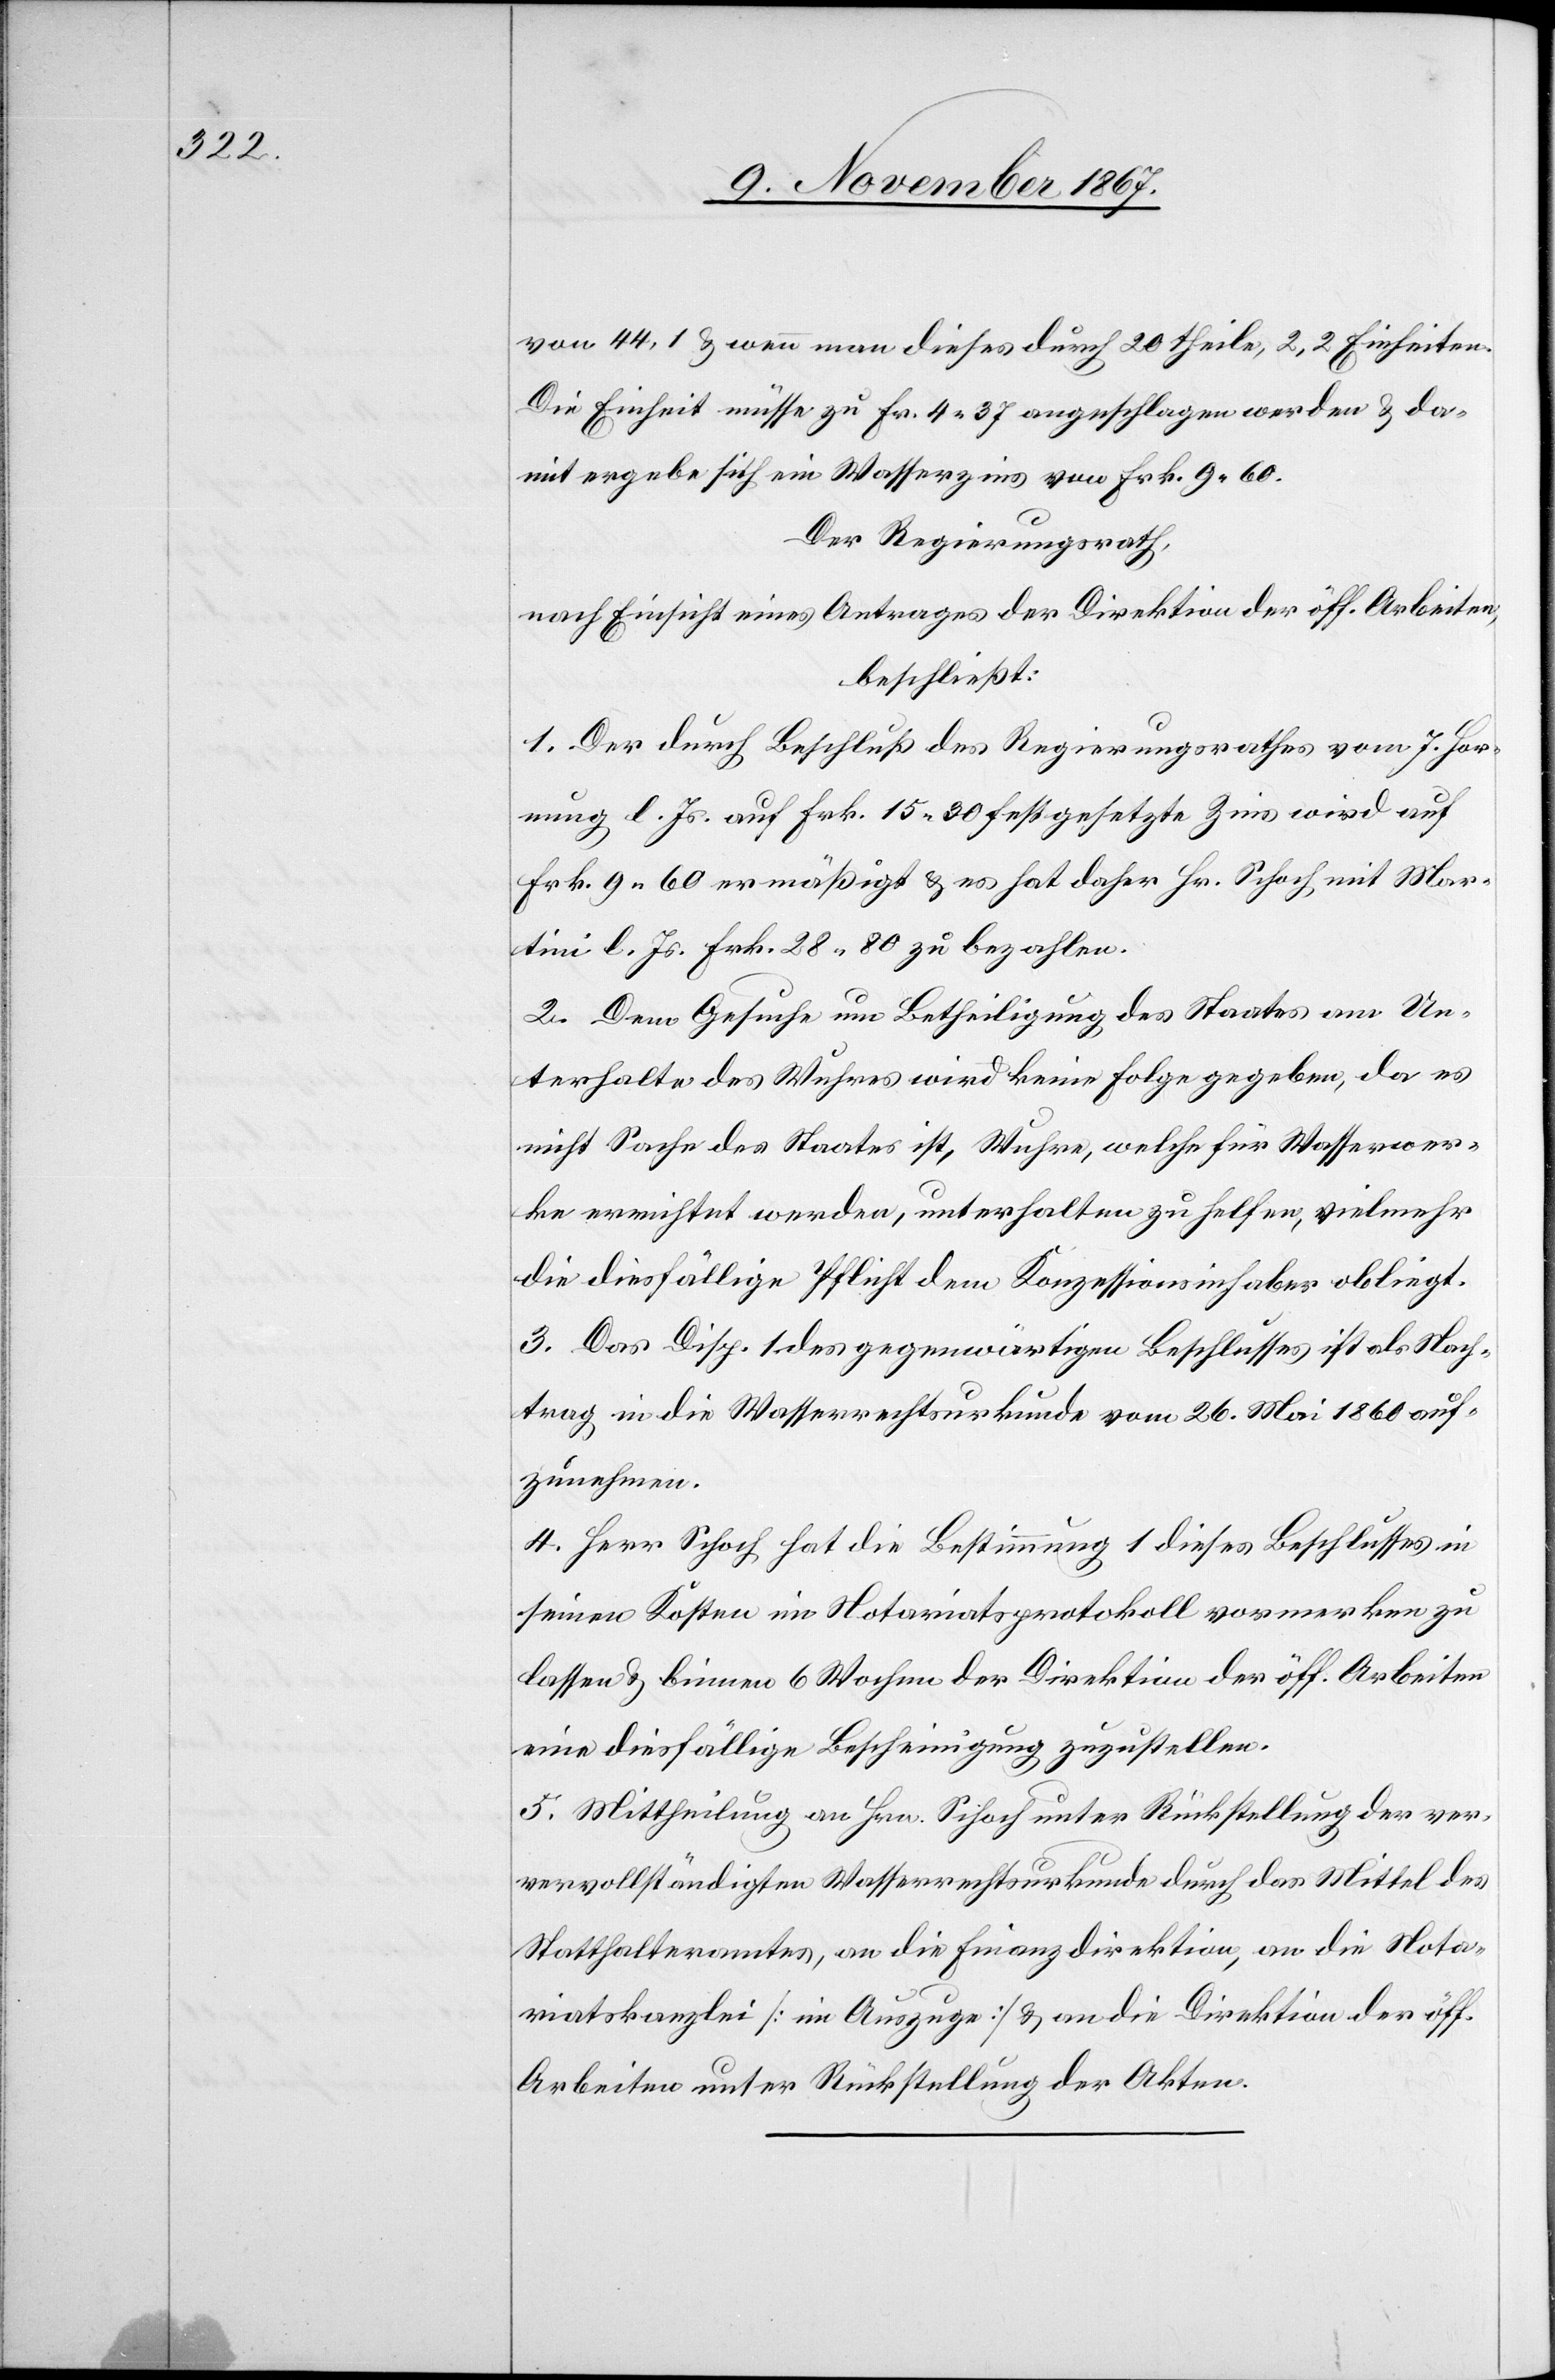
von 44,1 u. wenn man dieses durch 20 theile, 2,2 Einheiten.
Die Einheit müsse zu Fr. 4.37 angeschlagen werden u. da¬
mit ergebe sich ein Wasserzins von Frk. 9.60.
Der Regierungsrath,
nach Einsicht eines Antrages der Direktion der öff. Arbeiten,
beschließt:
1. Der durch Beschluß des Regierungsrathes vom 7. Hor¬
nung l. Js. auf Frk. 15.20 festgesetzte Zins wird auf
Frk. 9.60 ermäßigt u. es hat daher Hr. Schoch mit Mar¬
tini l. Js. Frk. 28.80 zu bezahlen.
2. Dem Gesuche um Bewil[l]igung des Staates am Un¬
terhalte des Wuhres wird keine Folge gegeben, da es
nicht Sache des Staates ist, Wuhre, welche für Wasserwer¬
ke errichtet werden, unterhalten zu helfen, vielmehr
die diesfällige Pflicht dem Konzessionsinhaber obliegt.
3. Das Disp. 1 des gegenwärtigen Beschlusses ist als Nach¬
trag in die Wasserrechtsurkunde vom 26. Mai 1860 auf¬
zunehmen.
4. Herr Schoch hat die Bestimmung 1 dieses Beschlusses in
seinen Kosten im Notariatsprotokoll vormerken zu
lassen u. binnen 6 Wochen der Direktion der öff. Arbeiten
eine diesfällige Bescheinigung zuzustellen.
5. Mittheilung an Hrn. Schoch unter Rückstellung der v¬
ervollständigten Wasserrechtsurkunde durch das Mittel des
Statthalteramtes, an die Finanzdirektion, an die Nota¬
riatskanzlei [im Auszuge] u. an die Direktion der öff.
Arbeiten unter Rückstellung der Akten.